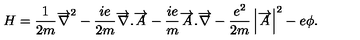
H = \frac { 1 } { 2 m } \overrightarrow { \nabla } ^ { 2 } - \frac { i e } { 2 m } \overrightarrow { \nabla } . \overrightarrow { A } - \frac { i e } { m } \overrightarrow { A } . \overrightarrow { \nabla } - \frac { e ^ { 2 } } { 2 m } \left| \overrightarrow { A } \right| ^ { 2 } - e \phi .